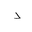
Letter: _dal